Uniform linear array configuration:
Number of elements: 24
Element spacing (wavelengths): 0.75
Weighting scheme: hann
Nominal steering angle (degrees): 0
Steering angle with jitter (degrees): -0.9402
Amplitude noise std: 0.05
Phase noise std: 0.05

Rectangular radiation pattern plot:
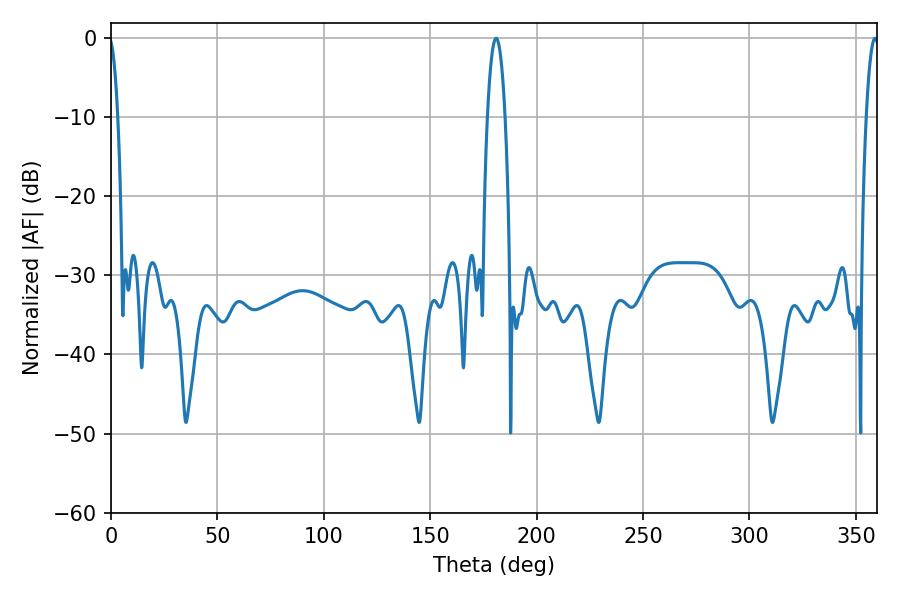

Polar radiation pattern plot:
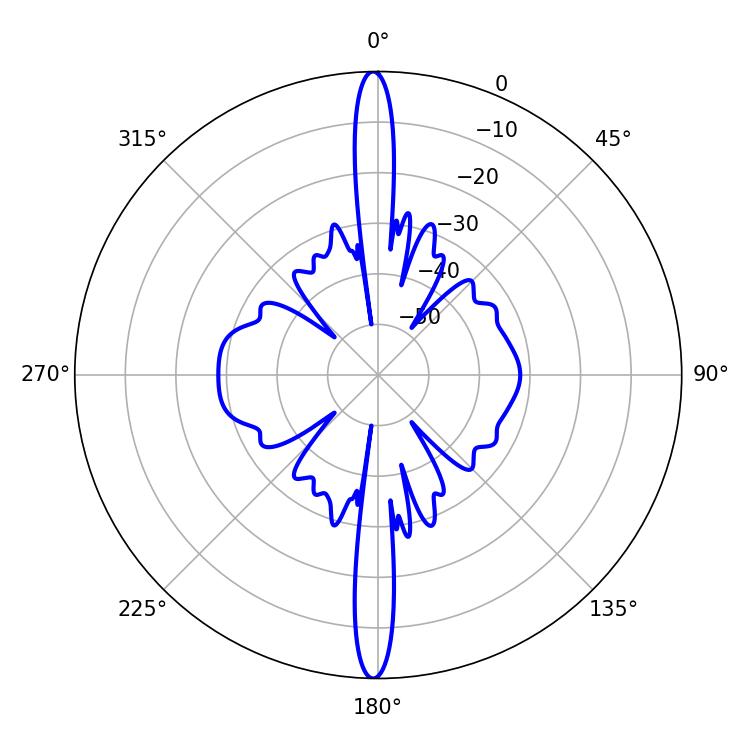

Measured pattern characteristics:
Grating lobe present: TRUE
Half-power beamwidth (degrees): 4.5
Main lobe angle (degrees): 180.9